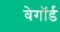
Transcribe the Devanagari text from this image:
वेगॉर्ड